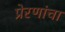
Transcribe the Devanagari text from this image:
प्रेरणांचा